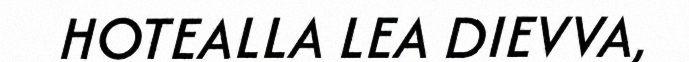
HOTEALLA LEA DIEVVA,